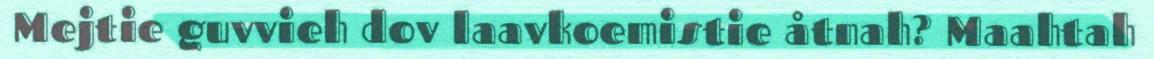
Mejtie guvvieh dov laavkoemistie åtnah? Maahtah